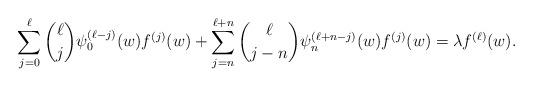
LaTeX: \begin{align*}\sum_{j=0}^\ell\binom{\ell}{j} \psi_0^{(\ell-j)}(w)f^{(j)}(w)+\sum_{j=n}^{\ell+n}\binom{\ell}{j-n} \psi_n^{(\ell+n-j)}(w)f^{(j)}(w)=\lambda f^{(\ell)}(w).\end{align*}